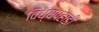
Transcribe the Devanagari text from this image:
विंध्यपहाड़ी